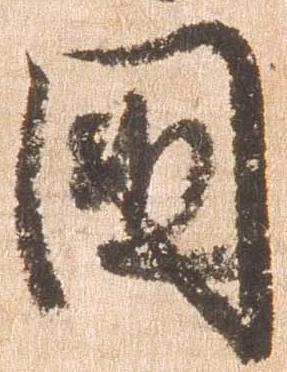
国